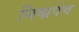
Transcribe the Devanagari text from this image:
निष्प्रपंच